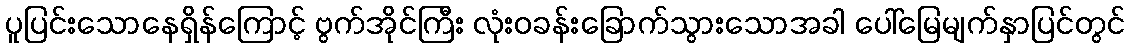
ပူပြင်းသောနေရှိန်ကြောင့် ဗွက်အိုင်ကြီး လုံးဝခန်းခြောက်သွားသောအခါ ပေါ်မြေမျက်နှာပြင်တွင်